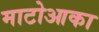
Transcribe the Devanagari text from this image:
माटोआका